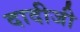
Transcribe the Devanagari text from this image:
दादीजी